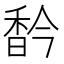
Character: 𩠻